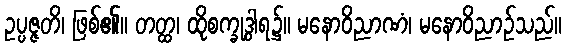
ဥပ္ပဇ္ဇတိ၊ ဖြစ်၏။ တတ္ထ၊ ထိုစက္ခုဒွါရ၌။ မနောဝိညာဏံ၊ မနောဝိညာဉ်သည်။